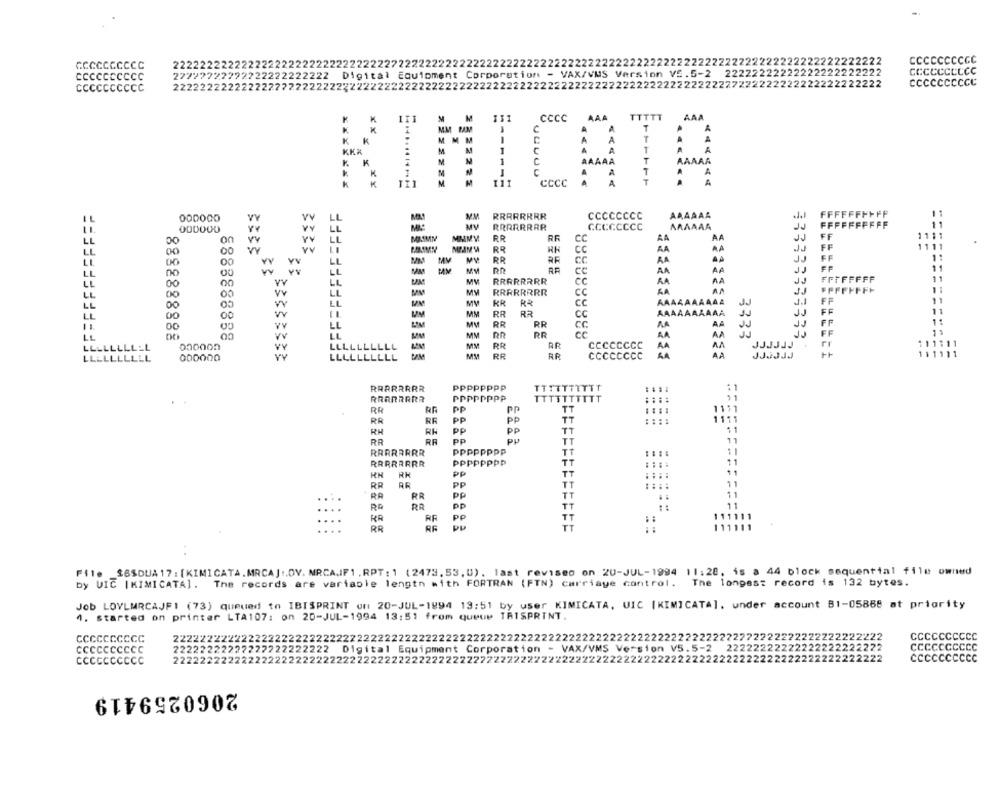
CCCCCCCCCC
22222222222222222222222222222222722222222222222222222222222222222222222222222222222222222222222222222222
CCCCCCCCcc
27777722292222222222222 Digital Equipment Corporation - VAX/VMS Version VS.5-2 22222222222222222222222
CCCCCCCCCC
CCCCCCCCCC
CCCCCCCCCC
222222222222227772222222
222222222222222222222222222222222222227222222222222222222222
CCCCCCCCcc
-
£322222
KIMICATA
RRRRRRRR
CCCCCCCC
AAAAAA
IL
000000
000000
Y
LL
RRRRRRRR
CCCCCCCC
AAAAAA
MASMN
MMMV
RR
RF
LL
on
Y
LL
cc
LL
00
00
3333
MAJMW
RR
CC
LL
00
MM
MV
MV
RR
CC
AA
00
V VV
LL
Ma
MAM
MV
AA
LL
cc
PP
LL
00
LL
MV
RRRRRRRR
cc
AA
LL
00
00
LL
MV
RRRRRRRR
CC
EL
KR
R&
LL
00
UN
MV
CC
LL
00
00
w
MM
RR
R3
CC
MM
RR
RR
CC
A
00
LE
vv
LL
MM
RR
RR
cc
AA
3333
333333333333
LLLLLLLLEL
00000n
VY
LLLLLLLLLL
-
MM
RR
AR
ccccCCcc
AA
AA
33333333
My
RR
RP
CCCCCccc
AUF1
AA
JJJJJJ
1
LLLLLLLLLL
000000
LLLLLLLLLL
RRRRRRRR
pppppppp
TTTTTTTTTT
RRRRRRRR
PPPPPPPP
TTTTTTTTTT
RR
PP
PP
TT
RR
PP
pp
TT
11
RH
PP
PP
TT
PP
PU
TT
RRRRRRRR
pppppppp
TT
11
RRRRRRRR
PPPPPPPp
TT
RH
RH
PP
TT
11
11
RR
PP
TT
RA
RR
PP
TT
11
RR
PP
11
111111
KR
RF
PP
TT
RB
TT
111111
File _$6SDUA 17 : [KIMICATA.MRCAJ .. OV. MRCA.IF1. RPT: 1 (2473, 53, 0), last revised on 20-JUL-1994 11:28, is a 44 block sequential file owned
by VIC |KIMICATA]. The records are variable length with FORTRAN (FTN) carriage control. The longest record is 132 bytes.
Job LOVLMRCAJF1 (73) queued to IBISPRINT on 20-JUL-1894 19:51 by user KIMICATA, UIC [KIMICATA], under account B1-05868 at priority
1. started on printer LTA107: on 20-JUL-1994 13:51 from queue TAISPRINT.
CCCCCCCCCC
22222222222222222222222222222222222222222222222222222222222222222222222222222222272772222222222222222222
CCCCCCCCCC
CCCCCCCCCC
22222222222227222222222 Digital Equipment Corporation - VAX/VMS Version V5.5-2
22222222222222222222222
CCCCCCCCCC
222222222222222222222222222222222222222222222222222222222222222222222222222
222222222222222222222
222
CCCCCCCCCC
CCCCCCCccc
2222
2060259419